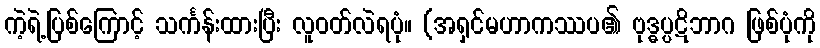
ကဲ့ရဲ့ပြစ်ကြောင့် သင်္ကန်းထားပြီး လူဝတ်လဲရပုံ။ (အရှင်မဟာကဿပ၏ ဗုဒ္ဓပ္ပဋိဘာဂ ဖြစ်ပုံကို